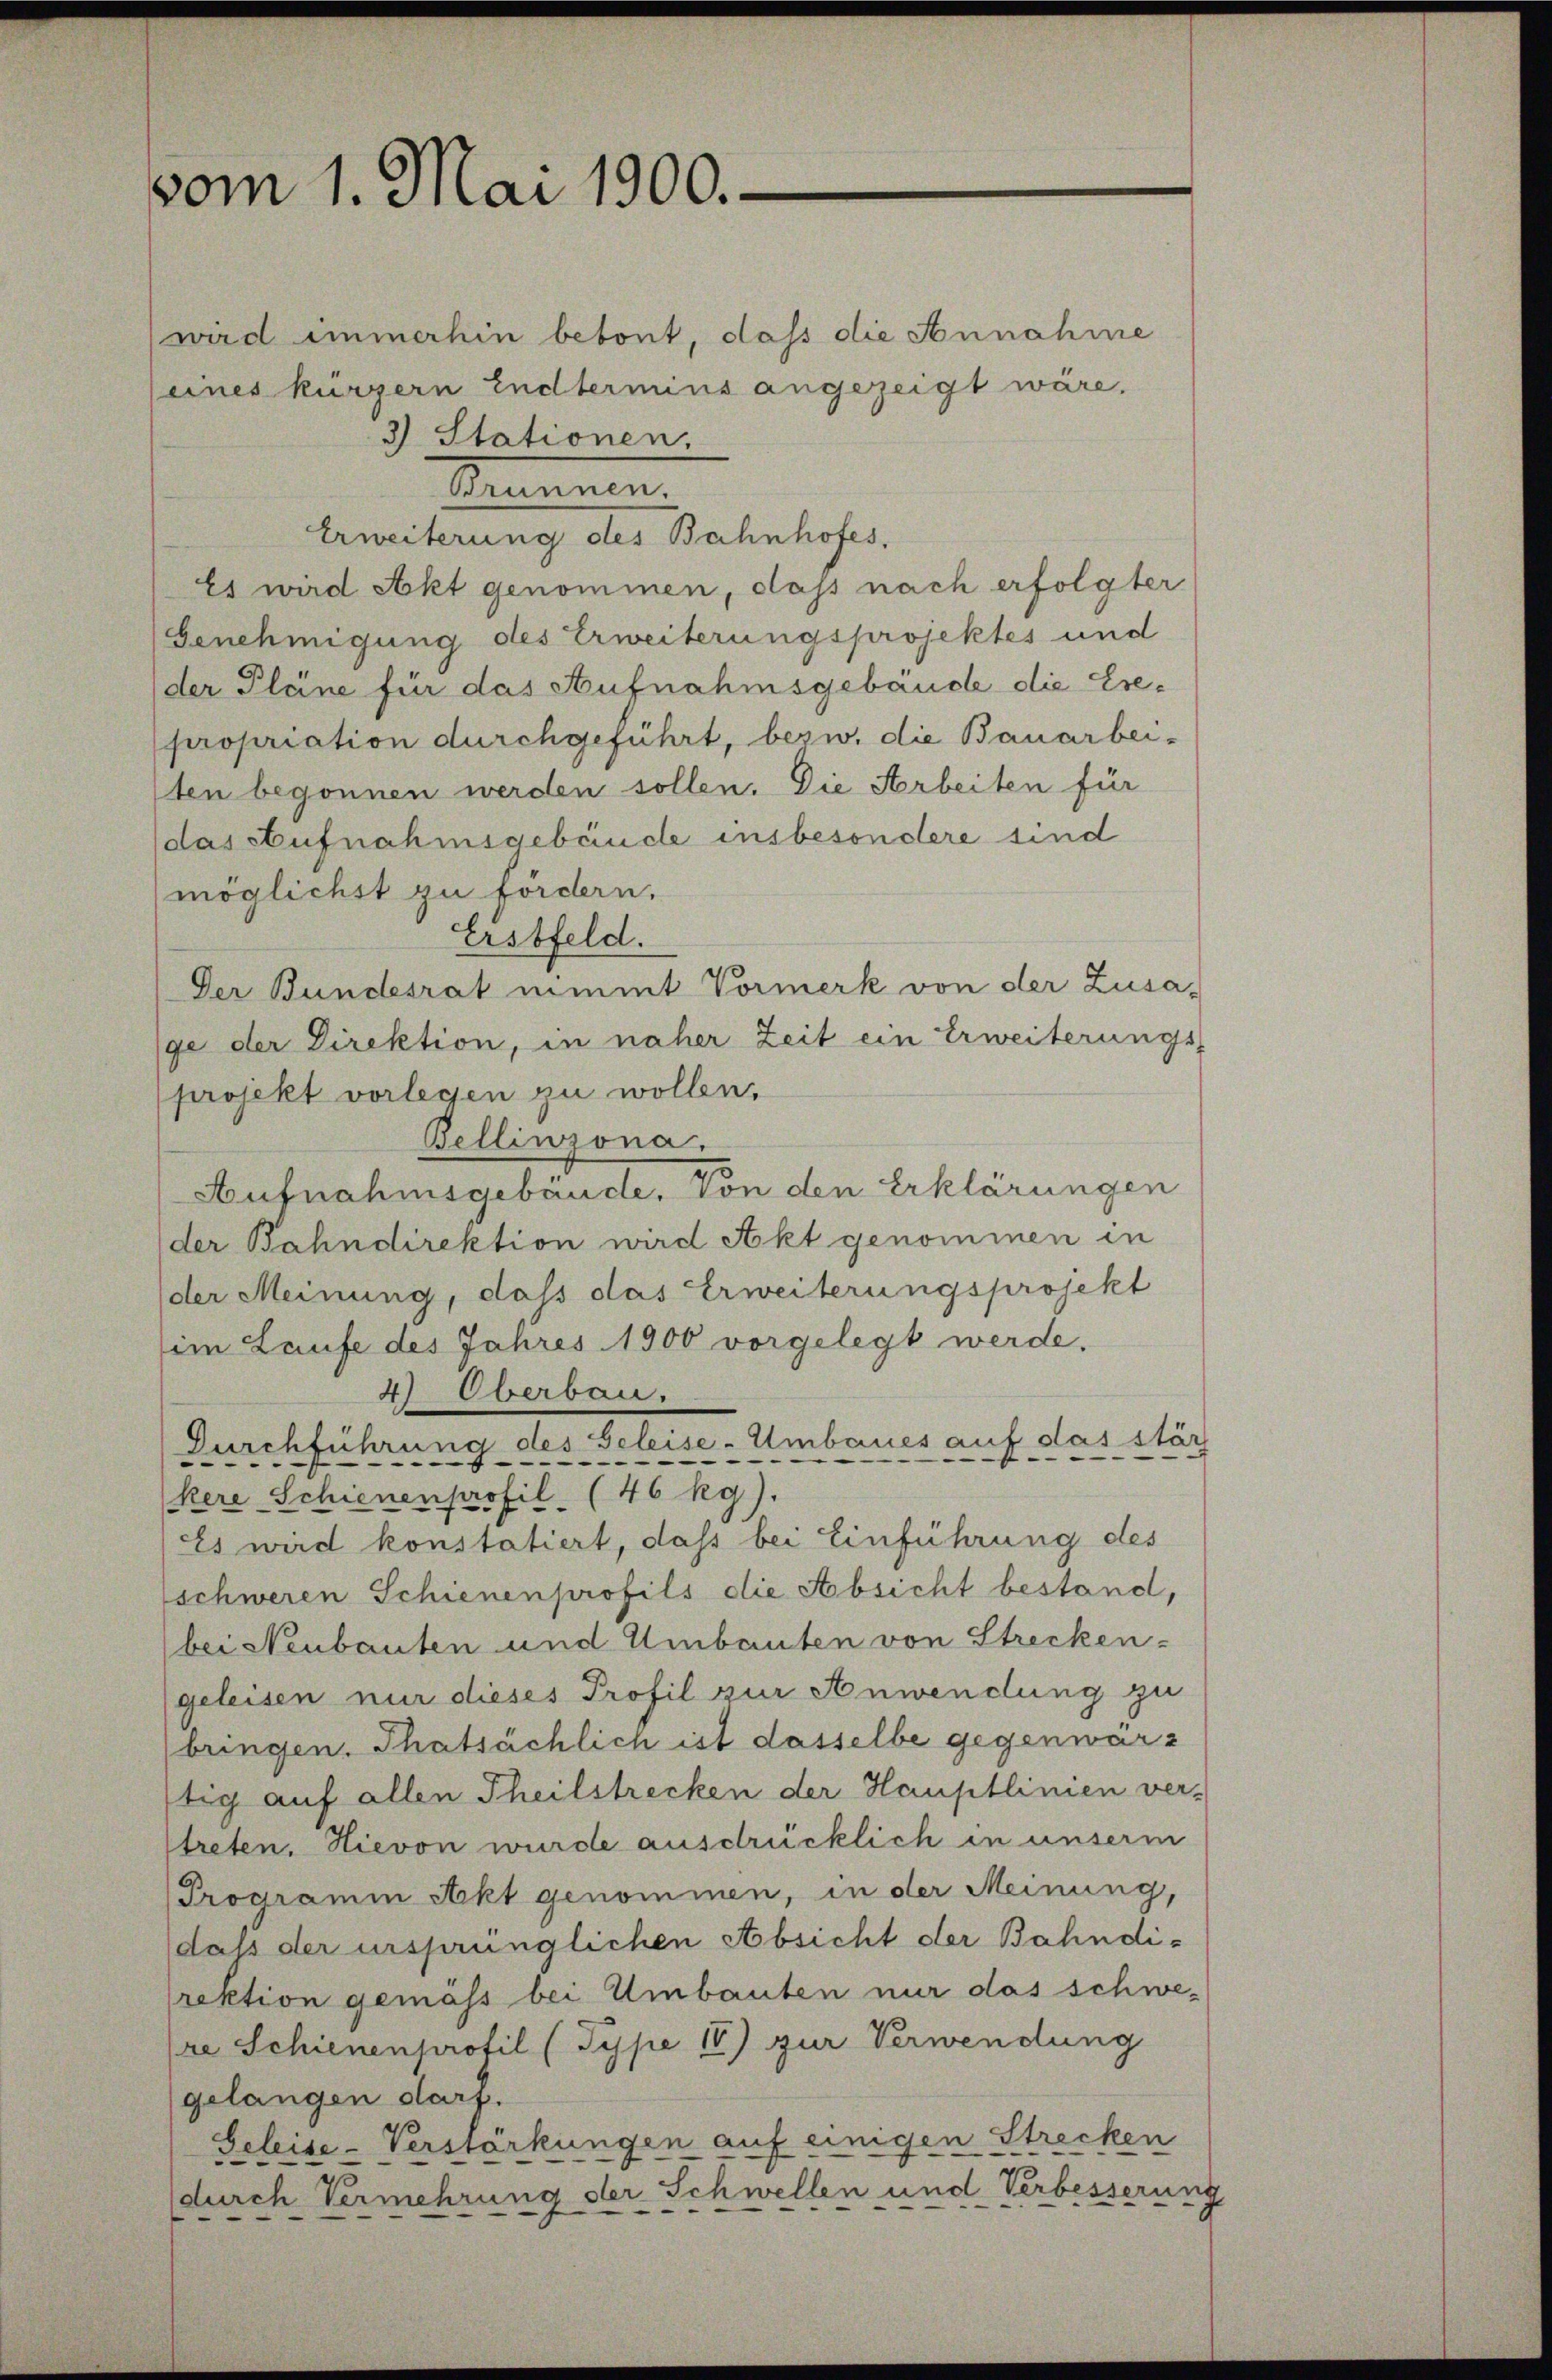
vom 1. Mai 1900.

wird immerhin betont, daß die Annahme
(eines kürzern Endtermins angezeigt wäre,
3) Stationen.
Brunnen.
Erweiterung des Bahnhofes,
Es wird Akt genommen, dass nach erfolgter
Genehmigung des Erweiterungsprojektes und
der Pläne für das Aufnahmsgebäude die Erepropriation durchgeführt, bezw. die Bauarbei-
sten begonnen werden sollen. Die Arbeiten für
das Aufnahmsgebäude insbesondere sind
möglichst zu fordern.
Erstfeld.
Der Bundesrat nimmt Vormerk von der Zusa-
ge der Direktion, in näher Zeit ein Erweiterungs-
projekt vorlegen zu wollen.
Bellinzona.
Aufnahmsgebäude. Von den Erklärungen
der Bahndirektion wird Akt genommen in
der Meinung, dass das Erweiterungsprojekt
im Laufe des Jahres 1900 vorgelegt werde.
4) Oberbau.
eise- Umbaues auf das stär
Durchführung des Be
kere Schienenprofil (46 kg).
Es wird konstatiert, dass bei Einführung des
schweren Schienen profils die Absicht bestand,
bei Neubauten und Umbauten von Strecken-
geleisen nur dieses Profil zur Anwendung zu
bringen. Thatsächlich ist dasselbe gegenwärt
tig auf allen Theilstrecken der Hauptlinien ver-
treten. Hievon wurde ausdrücklich in unserm
Programm Akt genommen, in der Meinung,
daß der ursprünglichen Absicht der Bahndirektion gemäss bei Umbauten nur das schwe¬
(re Schienenprofil (Type 18) zur Verwendung
gelangen darf.
Geleise-Verstärkungen auf einigen Strecken
(durch Vermehrung der Schwellen und Verbesserung